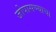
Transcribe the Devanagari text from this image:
जोपासण्याचा